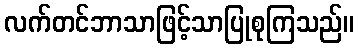
လက်တင်ဘာသာဖြင့်သာပြုစုကြသည်။